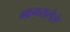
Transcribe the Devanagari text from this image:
मागसलेले